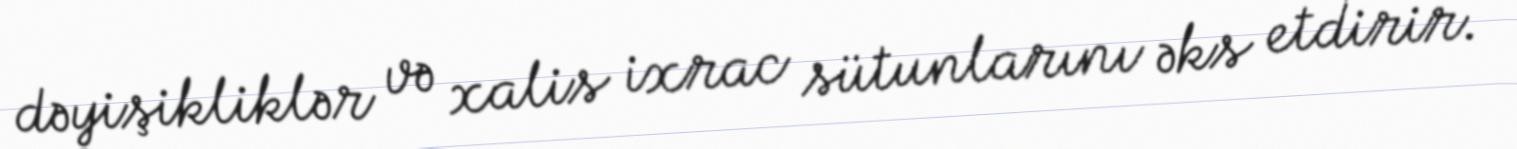
dəyişikliklər və xalis ixrac sütunlarını əks etdirir.